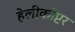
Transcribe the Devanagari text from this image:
हेलीकोप्टर